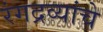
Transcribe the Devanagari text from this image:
रंगद्रव्यांचे